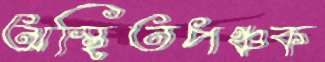
অস্হিতপঞ্চক